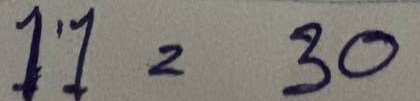
11 = 30